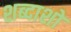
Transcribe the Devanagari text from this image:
शब्दाशों